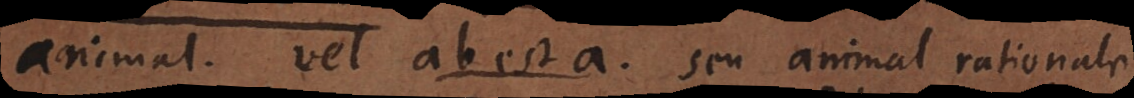
animal. Vel ab est a. seu animal rationale